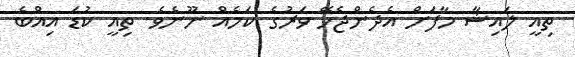
ތިއީ ލައިޝާ މާފަށް އެދެންޖެހޭ ވަރުގެ ކަމެއް ނޫނެވެ. ތިއީ ކުޑަ އިއްބެ